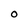
Character: O